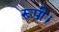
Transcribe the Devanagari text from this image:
रूपी।